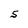
Character: S